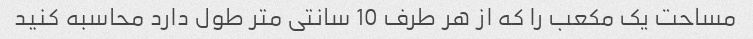
مساحت یک مکعب را که از هر طرف 10 سانتی متر طول دارد محاسبه کنید